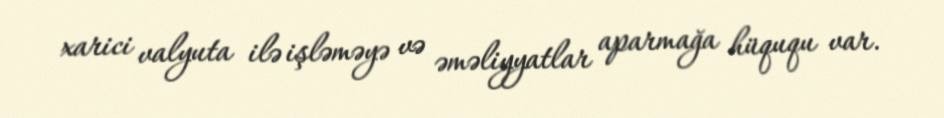
xarici valyuta ilə işləməyə və əməliyyatlar aparmağa hüququ var.